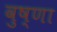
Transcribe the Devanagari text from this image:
वुष्णा